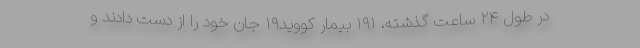
در طول ۲۴ ساعت گذشته، ۱۹۱ بیمار کووید۱۹ جان خود را از دست دادند و